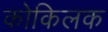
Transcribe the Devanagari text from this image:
कोकिलक